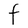
Character: F